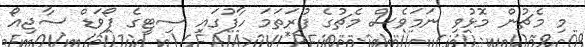
މި މެޗުން މޮޅުވި ނަމަވެސް މެޗުގެ ފުރަތަމަ ހާފުގައި ސިޓީގެ ފޯވަޑް ސާޖިއޯ